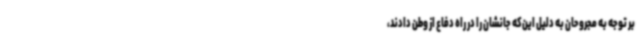
بر توجه به مجروحان به دلیل این‌که جانشان را در راه دفاع از وطن دادند،